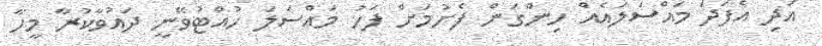
އަދި އެފަދަ މައްސަލައެއް ހިންގަން ފެށުމަށް ފަހު މައްސަލަ ހުއްޓުވޭނީ ދައުވާކުރާ މީހާ